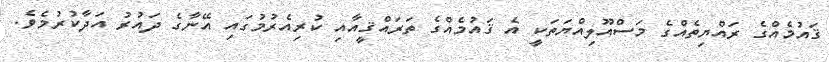
ޤައުމެއްގެ ރައްޔިތެއްގެ މަސްއޫލިއްޔަތަކީ އެ ޤައުމެއްގެ ތަރައްޤީއާއި ކުރިއެރުމުގައި އޭނާގެ ދައުރު އަދާކުރުމެވެ.